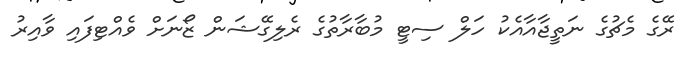
ރޭގެ މެޗުގެ ނަތީޖާއާއެކު ހަލް ސިޓީ މުބާރާތުގެ ރެލިގޭޝަން ޒޯނަށް ވެއްޓިފައި ވާއިރު